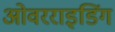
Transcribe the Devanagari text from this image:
ओवरराइडिंग